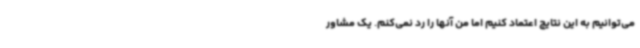
می‌توانیم به این نتایج اعتماد کنیم اما من آنها را رد نمی‌کنم. یک مشاور